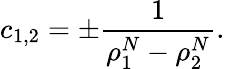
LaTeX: c_{1,2}=\pm\frac{1}{\rho_{1}^{N}-\rho_{2}^{N}}.